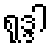
ရုဒ္ဒါ